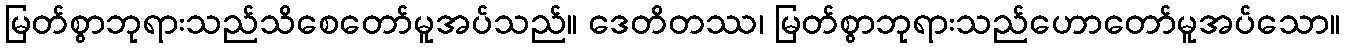
မြတ်စွာဘုရားသည်သိစေတော်မူအပ်သည်။ ဒေတိတဿ၊ မြတ်စွာဘုရားသည်ဟောတော်မူအပ်သော။